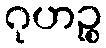
ဂုဟဉ္စ